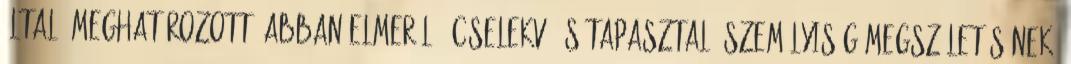
által 'meghatározott, abban elmerülő, cselekvő és tapasztaló személyiség megszületésének.